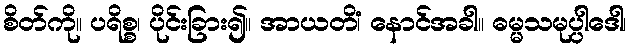
စိတ်ကို။ ပရိစ္စ၊ ပိုင်းခြား၍။ အာယတိံ၊ နောင်အခါ။ ဓမ္မသမုပ္ပါဒေါ၊